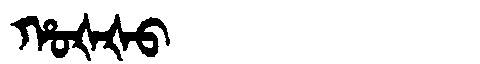
Manchu: ᡥᠣᡧᡧᠣ
Romanization: HOŠŠO